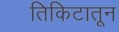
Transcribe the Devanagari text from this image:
तिकिटातून